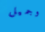
وجميل